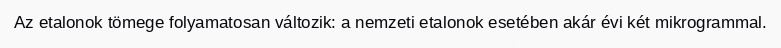
Az etalonok tömege folyamatosan változik: a nemzeti etalonok esetében akár évi két mikrogrammal.